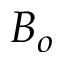
B _ { o }